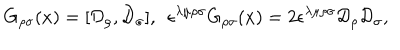
G _ { \rho \sigma } ( x ) = [ { \cal D } _ { \rho } , { \cal D } _ { \sigma } ] , \ \ \epsilon ^ { \lambda \mu \rho \sigma } G _ { \rho \sigma } ( x ) = 2 \epsilon ^ { \lambda \mu \rho \sigma } { \cal D } _ { \rho } { \cal D } _ { \sigma } ,